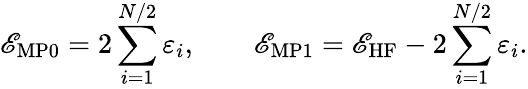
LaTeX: \mathscr{E}_{\mathrm{{MP0}}}=2\sum_{i=1}^{N/2}\varepsilon_{i},\qquad\mathscr{E}_{\mathrm{{MP1}}}=\mathscr{E}_{\mathrm{{HF}}}-2\sum_{i=1}^{N/2}\varepsilon_{i}.